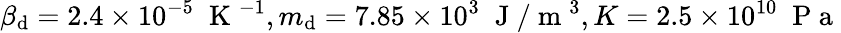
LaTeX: \beta_{\mathrm{d}}=2.4\times10^{-5}\; \mathrm{{~K~}}^{-1},m_{\mathrm{d}}=7.85\times10^{3}\; \mathrm{{~J~}}/\mathrm{{~m~}}^{3},K=2.5\times10^{10}\; \mathrm{{~P~a~}}